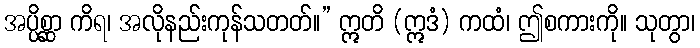
အပ္ပိစ္ဆာ ကိရ၊ အလိုနည်းကုန်သတတ်။” ဣတိ (ဣဒံ) ကထံ၊ ဤစကားကို။ သုတွာ၊